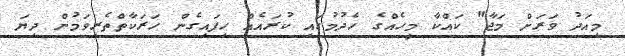
މިއަދު ވަރަށް މަޖާ" ކައްކާ މީހެއްގެ ހެދުމުގައި ކުރައެއް ހިފައިގެން ހަރަކާތްތެރިވަމުން ދިޔަ